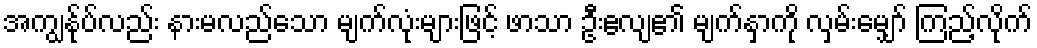
အကျွန်ုပ်လည်း နားမလည်သော မျက်လုံးများဖြင့် ဖာသာ ဦးဧလျ၏ မျက်နှာကို လှမ်းမျှော် ကြည့်လိုက်